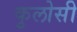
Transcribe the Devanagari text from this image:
कुलोसी